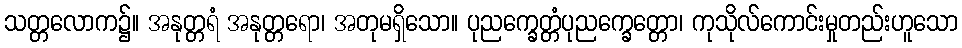
သတ္တလောက၌။ အနုတ္တရံ အနုတ္တရော၊ အတုမရှိသော။ ပုညက္ခေတ္တံပုညက္ခေတ္တော၊ ကုသိုလ်ကောင်းမှုတည်းဟူသော